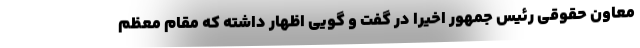
معاون حقوقی رئیس جمهور اخیرا در گفت و گویی اظهار داشته که مقام معظم